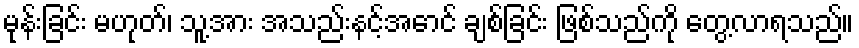
မုန်းခြင်း မဟုတ်၊ သူ့အား အသည်းနင့်အောင် ချစ်ခြင်း ဖြစ်သည်ကို တွေ့လာရသည်။